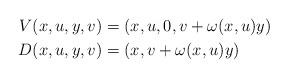
LaTeX: \begin{align*}V(x,u,y,v) & =(x,u,0,v+\omega(x,u)y)\\D(x,u,y,v) & =(x,v+\omega(x,u)y)\end{align*}